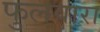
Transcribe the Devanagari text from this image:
फुलवारा